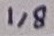
Text: 1,8